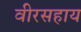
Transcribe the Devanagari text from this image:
वीरसहाय